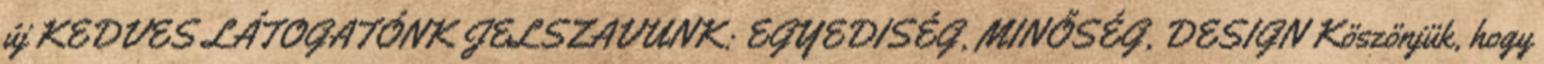
új KEDVES LÁTOGATÓNK JELSZAVUNK: EGYEDISÉG, MINŐSÉG, DESIGN Köszönjük, hogy